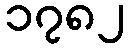
၁၇၈၂